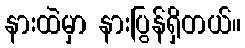
နားထဲမှာ နားပြွန်ရှိတယ်။